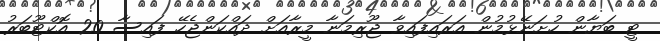
ޓީ ބަޔާން ހުށަނޭޅުމުން އަރައިފައިވާ ޖޫރިމަނާ މީރާއަށް ދައްކަންޖެހޭ ފައިސާ 20 އޮކްޓޫބަރު